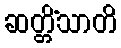
ဆတ္တိံသာတိ